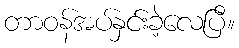
တာဝန်အပ်နှင်းခဲ့လေပြီ။